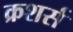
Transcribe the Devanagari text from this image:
क्रशर्स